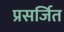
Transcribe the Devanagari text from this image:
प्रसर्जित